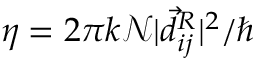
\eta = 2 \pi k \mathcal N | \vec { d } _ { i j } ^ { R } | ^ { 2 } / \hbar